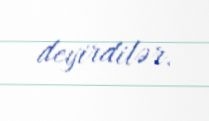
deyirdilər.